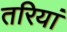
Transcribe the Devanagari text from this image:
तरियां